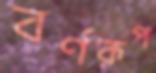
বর্ণরূপ